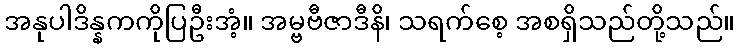
အနုပါဒိန္နကကိုပြဦးအံ့။ အမ္ဗဗီဇာဒီနိ၊ သရက်စေ့ အစရှိသည်တို့သည်။